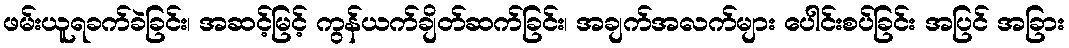
ဖမ်းယူရခက်ခဲခြင်း၊ အဆင့်မြင့် ကွန်ယက်ချိတ်ဆက်ခြင်း၊ အချက်အလက်များ ပေါင်းစပ်ခြင်း အပြင် အခြား